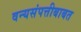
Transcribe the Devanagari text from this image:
वन्यसंपत्तीबाबत